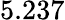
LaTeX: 5.237